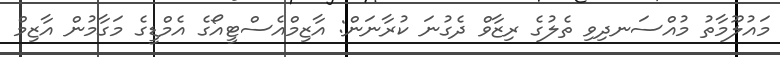
މައުލޫމާތު މުއްސަނދިވި ތެލުގެ ރިޒާވް ދެގުނަ ކުރާނަން: އާޒިމްއެސްޓީއޯގެ އެމްޑީގެ މަގާމުން އާޒިމް